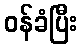
ဝန်ခံပြီး